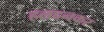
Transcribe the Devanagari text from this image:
हलदनकर